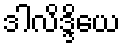
ဒါလိဒ္ဒိယေ